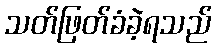
သတ်ဖြတ်ခံခဲ့ရသည်